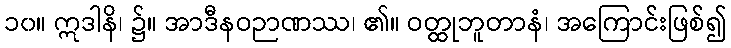
၁၀။ ဣဒါနိ၊ ၌။ အာဒီနဝဉာဏဿ၊ ၏။ ဝတ္ထုဘူတာနံ၊ အကြောင်းဖြစ်၍